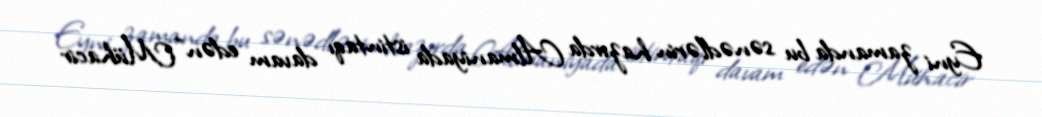
Eyni zamanda bu sənədlərin hazırda Almaniyada istintaqı davam edən “Mühacir